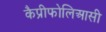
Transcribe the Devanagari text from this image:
कैप्रीफोलिआसी